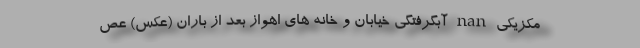
مکزیکی nan آبگرفتگی خیابان و خانه های اهواز بعد از باران (عکس) عص